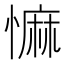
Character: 𢠩